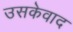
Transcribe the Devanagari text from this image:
उसकेवाद